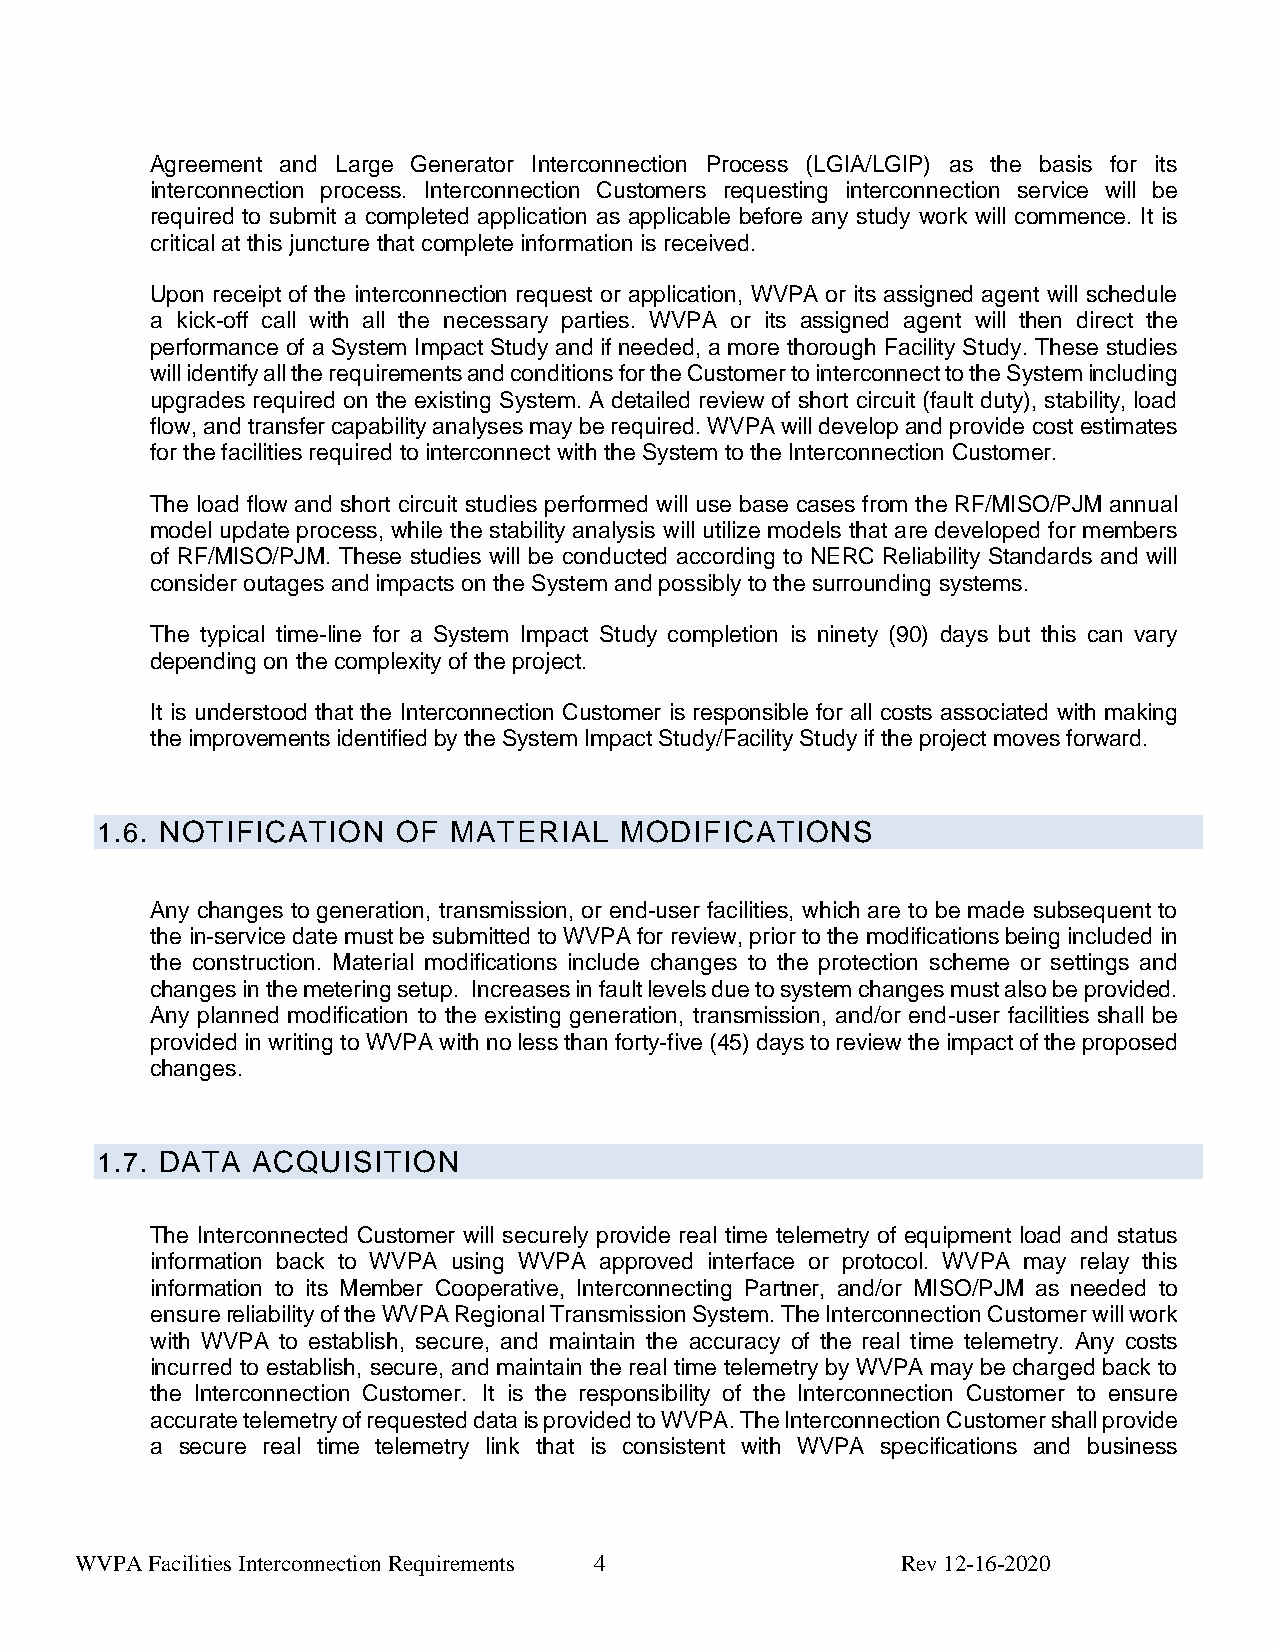
Agreement and Large Generator Interconnection Process (LGIA/LGIP) as the basis for its
 interconnection process. Interconnection Customers requesting interconnection service will be
 required to submit a completed application as applicable before any study work will commence. It is
 critical at this juncture that complete information is received.
 Upon receipt of the interconnection request or application, WVPA or its assigned agent will schedule
 a kick-off call with all the necessary parties. WVPA or its assigned agent will then direct the
 performance of a System Impact Study and if needed, a more thorough Facility Study. These studies
 will identify all the requirements and conditions for the Customer to interconnect to the System including
 upgrades required on the existing System. A detailed review of short circuit (fault duty), stability, load
 flow, and transfer capability analyses may be required. WVPA will develop and provide cost estimates
 for the facilities required to interconnect with the System to the Interconnection Customer.
 The load flow and short circuit studies performed will use base cases from the RF/MISO/PJM annual
 model update process, while the stability analysis will utilize models that are developed for members
 of RF/MISO/PJM. These studies will be conducted according to NERC Reliability Standards and will
 consider outages and impacts on the System and possibly to the surrounding systems.
 The typical time-line for a System Impact Study completion is ninety (90) days but this can vary
 depending on the complexity of the project.
 It is understood that the Interconnection Customer is responsible for all costs associated with making
 the improvements identified by the System Impact Study/Facility Study if the project moves forward.
 1.6. NOTIFICATION   OF  MATERIAL   MODIFICATIONS
 Any changes to generation, transmission, or end-user facilities, which are to be made subsequent to
 the in-service date must be submitted to WVPA for review, prior to the modifications being included in
 the construction. Material modifications include changes to the protection scheme or settings and
 changes in the metering setup. Increases in fault levels due to system changes must also be provided.
 Any planned modification to the existing generation, transmission, and/or end-user facilities shall be
 provided in writing to WVPA with no less than forty-five (45) days to review the impact of the proposed
 changes.
 1.7. DATA  ACQUISITION
 The Interconnected Customer will securely provide real time telemetry of equipment load and status
 information back to WVPA using WVPA approved interface or protocol. WVPA may relay this
 information to its Member Cooperative, Interconnecting Partner, and/or MISO/PJM as needed to
 ensure reliability of the WVPA Regional Transmission System. The Interconnection Customer will work
 with WVPA to establish, secure, and maintain the accuracy of the real time telemetry. Any costs
 incurred to establish, secure, and maintain the real time telemetry by WVPA may be charged back to
 the Interconnection Customer. It is the responsibility of the Interconnection Customer to ensure
 accurate telemetry of requested data is provided to WVPA. The Interconnection Customer shall provide
 a secure real time telemetry link that is consistent with WVPA specifications and business
 WVPA Facilities Interconnection Requirements 4         Rev 12-16-2020